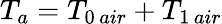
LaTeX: T_{a}=T_{0\, air}+T_{1\, air}